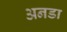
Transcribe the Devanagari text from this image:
अनडा